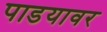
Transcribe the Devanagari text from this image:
पाडयावर